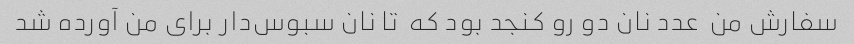
سفارش من  عدد نان دو رو کنجد بود که  تا نان سبوس‌دار برای من آورده شد